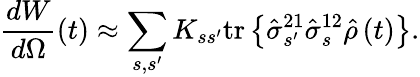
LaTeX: \frac{dW}{d\Omega}\left(t\right)\approx\sum_{s,s^{\prime}}K_{ss^{\prime}}\mathrm{tr}\left\{ \hat{\sigma}_{s^{\prime}}^{21}\hat{\sigma}_{s}^{12}\hat{\rho}\left(t\right)\right\} .